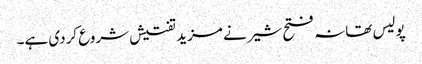
پولیس تھانہ فتح شیر نے مزید تفتیش شروع کردی ہے۔